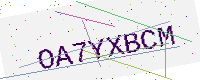
Text: OA7YXBCM